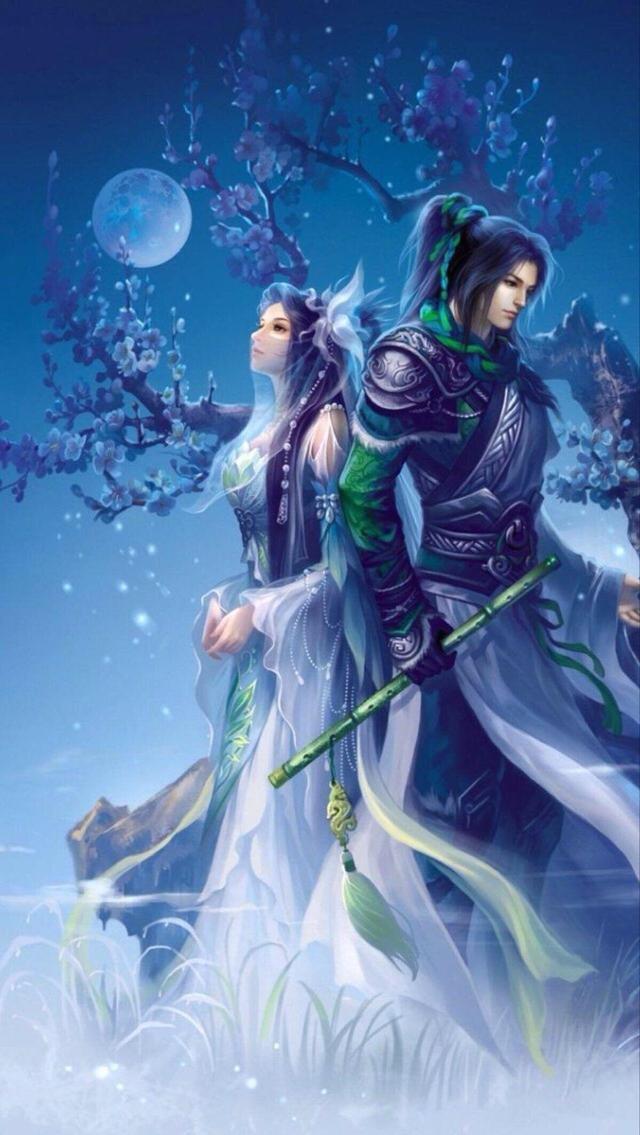
汉水东流，都洗尽髭胡膏血。